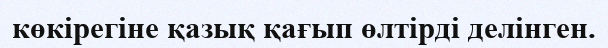
көкірегіне қазық қағып өлтірді делінген.